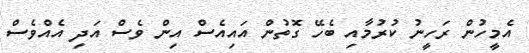
އެމީހުން ރަހީނު ކުރުމާއި ބެހޭ ގޮތުން އައިއެސް އިން ވެސް އަދި އެއްވެސް